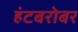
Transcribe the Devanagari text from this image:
हंटबरोबर